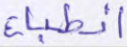
انطباع